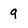
Character: 9